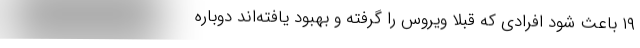
۱۹ باعث شود افرادی که قبلاً ویروس را گرفته و بهبود یافته‌اند دوباره